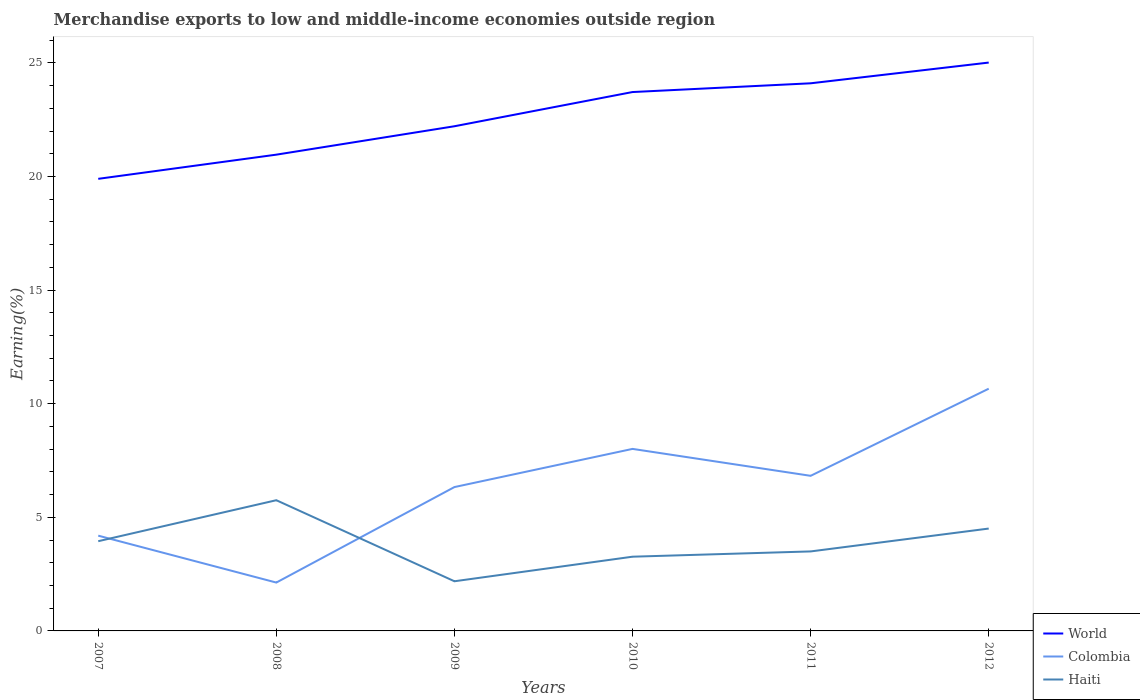
| Years | World | Colombia | Haiti |
 | --- | --- | --- | --- |
 | 2007 | 19.9 | 4.19 | 3.95 |
 | 2008 | 21 | 2.13 | 5.75 |
 | 2009 | 22.2 | 6.33 | 2.19 |
 | 2010 | 23.7 | 8.01 | 3.27 |
 | 2011 | 24.1 | 6.83 | 3.5 |
 | 2012 | 25 | 10.7 | 4.51 |